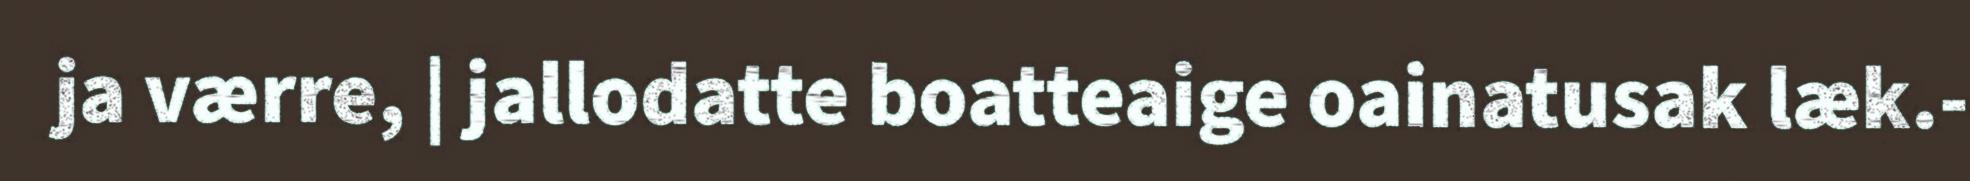
ja værre, | jallodatte boatteaige oainatusak læk.-